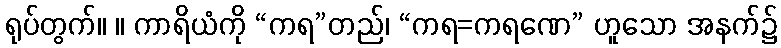
ရုပ်တွက်။ ။ ကာရိယံကို “ကရ”တည်၊ “ကရ=ကရဏေ” ဟူသော အနက်၌